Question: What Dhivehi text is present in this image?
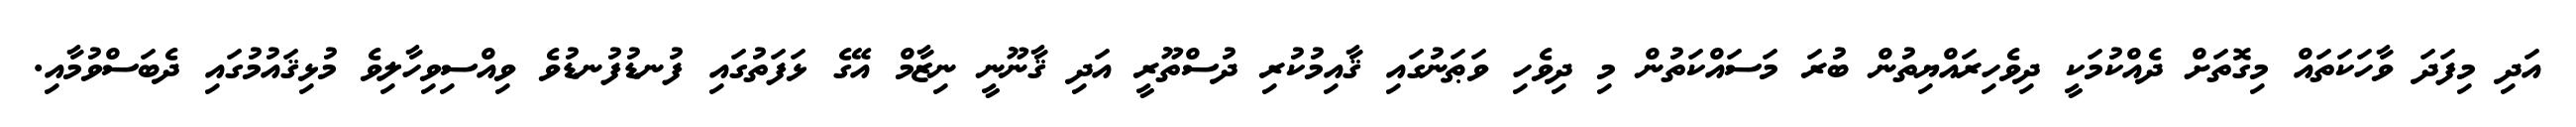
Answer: އަދި މިފަދަ ވާހަކަތައް މިގޮތަށް ދެއްކުމަކީ ދިވެހިރައްޔިތުން ބުރަ މަސައްކަތުން މި ދިވެހި ވަޠަނުގައި ޤާއިމުކުރި ދުސްތޫރީ އަދި ޤާނޫނީ ނިޒާމް އޭގެ ޅަފަތުގައި ފުނޑުފުނޑުވެ ވިއްސިވިހާލިވެ މުޅިޤައުމުގައި ދެބަސްވުމާއި.